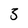
Character: 3